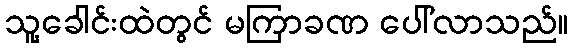
သူ့ခေါင်းထဲတွင် မကြာခဏ ပေါ်လာသည်။